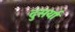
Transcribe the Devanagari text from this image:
दुसर्या